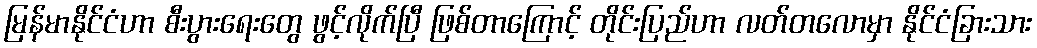
မြန်မာနိုင်ငံဟာ စီးပွားရေးတွေ ဖွင့်လိုက်ပြီ ဖြစ်တာကြောင့် တိုင်းပြည်ဟာ လတ်တလောမှာ နိုင်ငံခြားသား